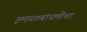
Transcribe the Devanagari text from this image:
इमारतबांधणीचा